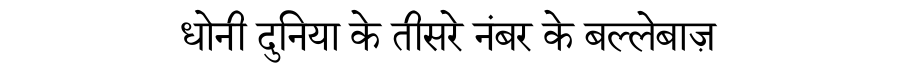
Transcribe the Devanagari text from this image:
धोनी दुनिया के तीसरे नंबर के बल्लेबाज़